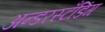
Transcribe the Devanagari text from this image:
अन्डरस्टँडिंग